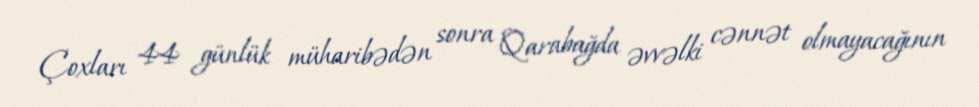
Çoxları 44 günlük müharibədən sonra Qarabağda əvvəlki cənnət olmayacağının